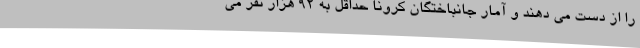
را از دست می دهند و آمار جانباختگان کرونا حداقل به ۹۲ هزار نفر می